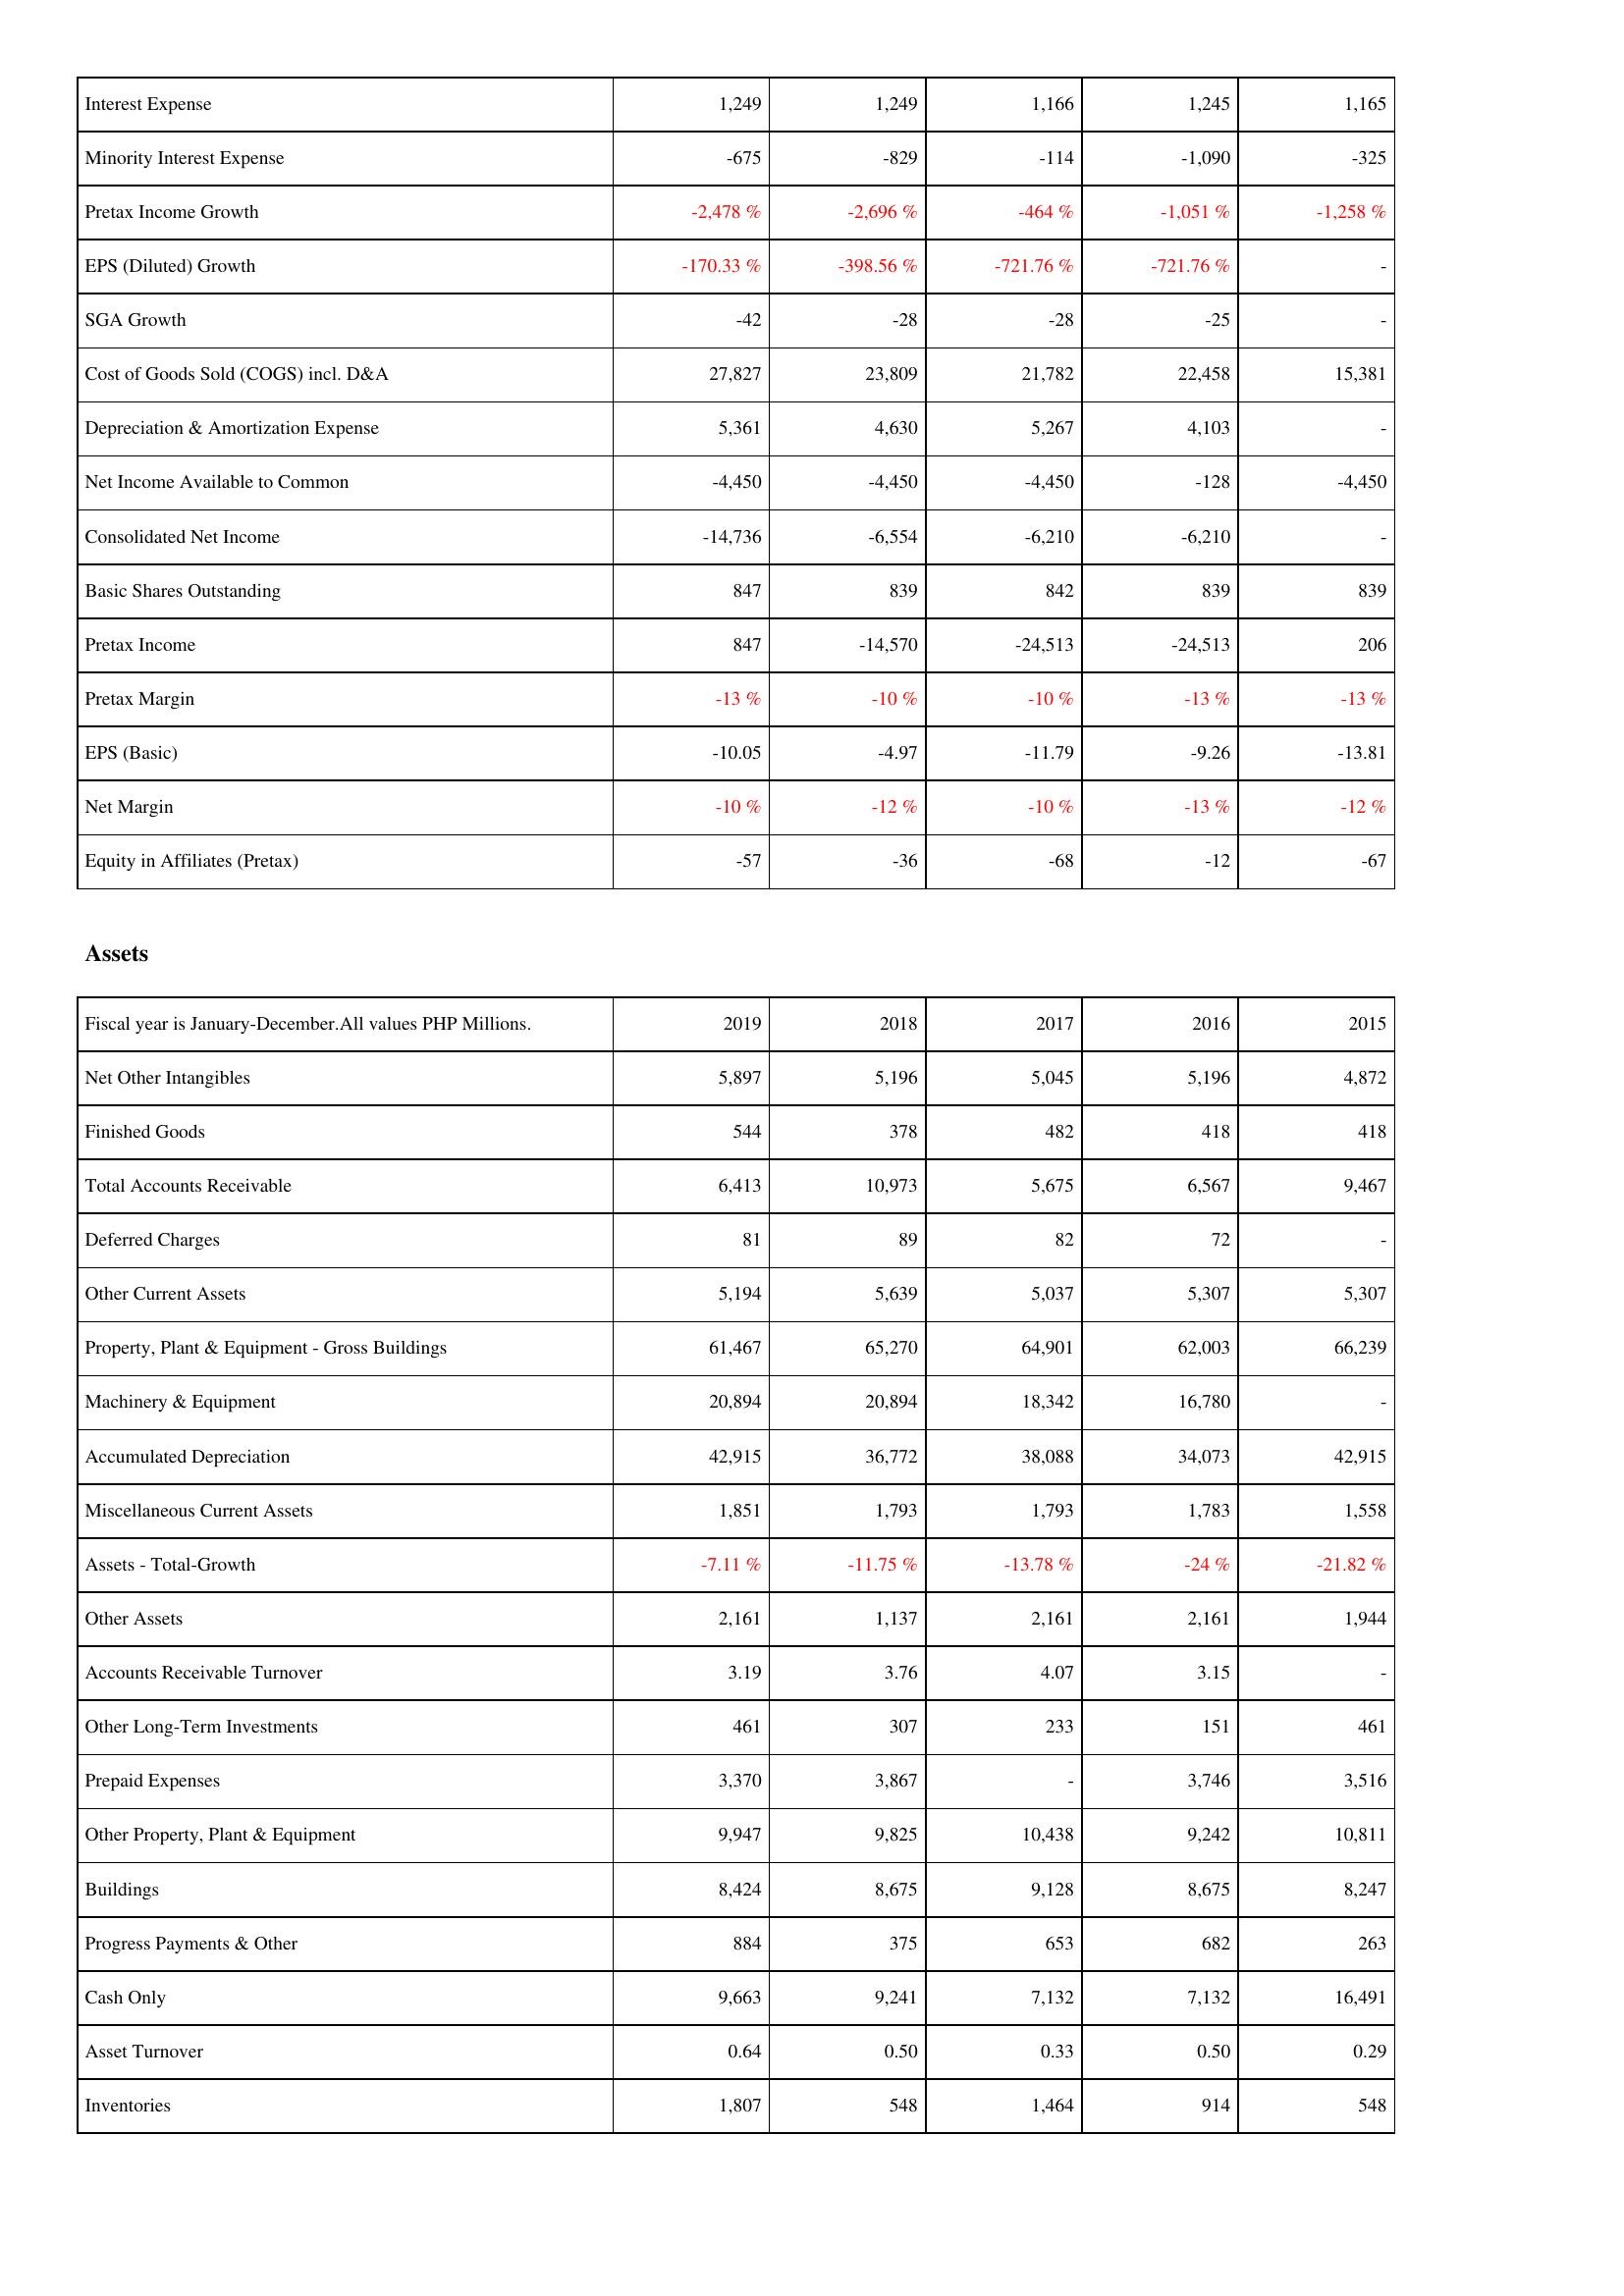
2019: Income Statement: Interest Expense: 1,249
Minority Interest Expense: -675
Pretax Income Growth: -2,478 %
EPS (Diluted) Growth: -170.33 %
SGA Growth: -42
Cost of Goods Sold (COGS) incl. D&A: 27,827
Depreciation & Amortization Expense: 5,361
Net Income Available to Common: -4,450
Consolidated Net Income: -14,736
Basic Shares Outstanding: 847
Pretax Income: 847
Pretax Margin: -13 %
EPS (Basic): -10.05
Net Margin: -10 %
Equity in Affiliates (Pretax): -57
Assets: Net Other Intangibles: 5,897
Finished Goods: 544
Total Accounts Receivable: 6,413
Deferred Charges: 81
Other Current Assets: 5,194
Property, Plant & Equipment - Gross Buildings: 61,467
Machinery & Equipment: 20,894
Accumulated Depreciation: 42,915
Miscellaneous Current Assets: 1,851
Assets - Total-Growth: -7.11 %
Other Assets: 2,161
Accounts Receivable Turnover: 3.19
Other Long-Term Investments: 461
Prepaid Expenses: 3,370
Other Property, Plant & Equipment: 9,947
Buildings: 8,424
Progress Payments & Other: 884
Cash Only: 9,663
Asset Turnover: 0.64
Inventories: 1,807
2018: Income Statement: Interest Expense: 1,249
Minority Interest Expense: -829
Pretax Income Growth: -2,696 %
EPS (Diluted) Growth: -398.56 %
SGA Growth: -28
Cost of Goods Sold (COGS) incl. D&A: 23,809
Depreciation & Amortization Expense: 4,630
Net Income Available to Common: -4,450
Consolidated Net Income: -6,554
Basic Shares Outstanding: 839
Pretax Income: -14,570
Pretax Margin: -10 %
EPS (Basic): -4.97
Net Margin: -12 %
Equity in Affiliates (Pretax): -36
Assets: Net Other Intangibles: 5,196
Finished Goods: 378
Total Accounts Receivable: 10,973
Deferred Charges: 89
Other Current Assets: 5,639
Property, Plant & Equipment - Gross Buildings: 65,270
Machinery & Equipment: 20,894
Accumulated Depreciation: 36,772
Miscellaneous Current Assets: 1,793
Assets - Total-Growth: -11.75 %
Other Assets: 1,137
Accounts Receivable Turnover: 3.76
Other Long-Term Investments: 307
Prepaid Expenses: 3,867
Other Property, Plant & Equipment: 9,825
Buildings: 8,675
Progress Payments & Other: 375
Cash Only: 9,241
Asset Turnover: 0.50
Inventories: 548
2017: Income Statement: Interest Expense: 1,166
Minority Interest Expense: -114
Pretax Income Growth: -464 %
EPS (Diluted) Growth: -721.76 %
SGA Growth: -28
Cost of Goods Sold (COGS) incl. D&A: 21,782
Depreciation & Amortization Expense: 5,267
Net Income Available to Common: -4,450
Consolidated Net Income: -6,210
Basic Shares Outstanding: 842
Pretax Income: -24,513
Pretax Margin: -10 %
EPS (Basic): -11.79
Net Margin: -10 %
Equity in Affiliates (Pretax): -68
Assets: Net Other Intangibles: 5,045
Finished Goods: 482
Total Accounts Receivable: 5,675
Deferred Charges: 82
Other Current Assets: 5,037
Property, Plant & Equipment - Gross Buildings: 64,901
Machinery & Equipment: 18,342
Accumulated Depreciation: 38,088
Miscellaneous Current Assets: 1,793
Assets - Total-Growth: -13.78 %
Other Assets: 2,161
Accounts Receivable Turnover: 4.07
Other Long-Term Investments: 233
Prepaid Expenses: -
Other Property, Plant & Equipment: 10,438
Buildings: 9,128
Progress Payments & Other: 653
Cash Only: 7,132
Asset Turnover: 0.33
Inventories: 1,464
2016: Income Statement: Interest Expense: 1,245
Minority Interest Expense: -1,090
Pretax Income Growth: -1,051 %
EPS (Diluted) Growth: -721.76 %
SGA Growth: -25
Cost of Goods Sold (COGS) incl. D&A: 22,458
Depreciation & Amortization Expense: 4,103
Net Income Available to Common: -128
Consolidated Net Income: -6,210
Basic Shares Outstanding: 839
Pretax Income: -24,513
Pretax Margin: -13 %
EPS (Basic): -9.26
Net Margin: -13 %
Equity in Affiliates (Pretax): -12
Assets: Net Other Intangibles: 5,196
Finished Goods: 418
Total Accounts Receivable: 6,567
Deferred Charges: 72
Other Current Assets: 5,307
Property, Plant & Equipment - Gross Buildings: 62,003
Machinery & Equipment: 16,780
Accumulated Depreciation: 34,073
Miscellaneous Current Assets: 1,783
Assets - Total-Growth: -24 %
Other Assets: 2,161
Accounts Receivable Turnover: 3.15
Other Long-Term Investments: 151
Prepaid Expenses: 3,746
Other Property, Plant & Equipment: 9,242
Buildings: 8,675
Progress Payments & Other: 682
Cash Only: 7,132
Asset Turnover: 0.50
Inventories: 914
2015: Income Statement: Interest Expense: 1,165
Minority Interest Expense: -325
Pretax Income Growth: -1,258 %
EPS (Diluted) Growth: -
SGA Growth: -
Cost of Goods Sold (COGS) incl. D&A: 15,381
Depreciation & Amortization Expense: -
Net Income Available to Common: -4,450
Consolidated Net Income: -
Basic Shares Outstanding: 839
Pretax Income: 206
Pretax Margin: -13 %
EPS (Basic): -13.81
Net Margin: -12 %
Equity in Affiliates (Pretax): -67
Assets: Net Other Intangibles: 4,872
Finished Goods: 418
Total Accounts Receivable: 9,467
Deferred Charges: -
Other Current Assets: 5,307
Property, Plant & Equipment - Gross Buildings: 66,239
Machinery & Equipment: -
Accumulated Depreciation: 42,915
Miscellaneous Current Assets: 1,558
Assets - Total-Growth: -21.82 %
Other Assets: 1,944
Accounts Receivable Turnover: -
Other Long-Term Investments: 461
Prepaid Expenses: 3,516
Other Property, Plant & Equipment: 10,811
Buildings: 8,247
Progress Payments & Other: 263
Cash Only: 16,491
Asset Turnover: 0.29
Inventories: 548